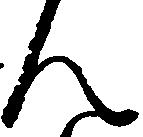
ん